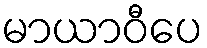
မာယာဝီပေ